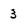
Character: 3